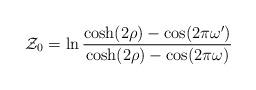
LaTeX: \begin{align*}{\cal Z}_0=\ln\frac{\cosh(2 \rho)-\cos(2\pi\omega')}{\cosh(2 \rho)-\cos(2\pi\omega)}\end{align*}